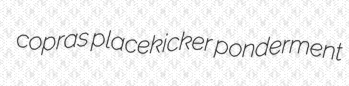
copras placekicker ponderment